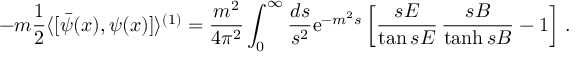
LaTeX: - m \frac 1 2 \langle [ \bar { \psi } ( x ) , \psi ( x ) ] \rangle ^ { ( 1 ) } = \frac { m ^ { 2 } } { 4 \pi ^ { 2 } } \int _ { 0 } ^ { \infty } \frac { d s } { s ^ { 2 } } \mathrm { e } ^ { - m ^ { 2 } s } \left[ \frac { s E } { \tan s E } \, \frac { s B } { \operatorname { t a n h } s B } - 1 \right] \, .